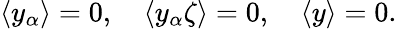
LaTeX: \langle y_{\alpha}\rangle=0,\quad\langle y_{\alpha}\zeta\rangle=0,\quad\langle y\rangle=0.